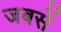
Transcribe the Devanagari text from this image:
जबसें